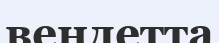
вендетта